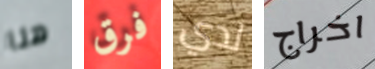
هنا فرق لدي اخراج